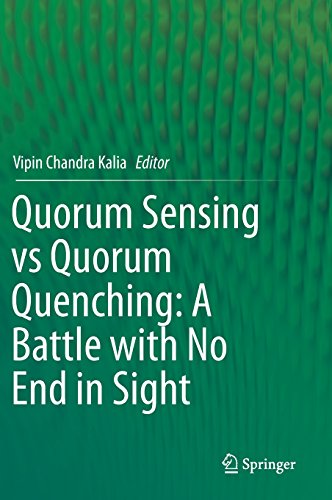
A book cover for Quorum Sensing vs Quorum Quenching: A Battle with No End in Sight; Medical Books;